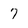
Character: 7